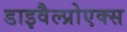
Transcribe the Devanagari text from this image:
डाइवैल्प्रोएक्स